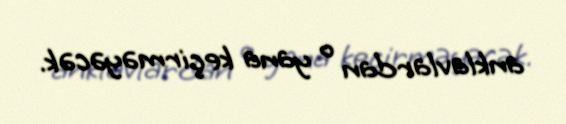
anklavlardan o yana keçirməyəcək.